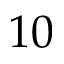
1 0